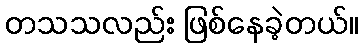
တသသလည်း ဖြစ်နေခဲ့တယ်။